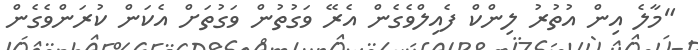
"މާލެ އިން އުތުރު ލިންކް ފެއިލްވެގެން އެރޭ ވަގުތުން ވަގުތަށް އެކަން ކުރަންވެގެން